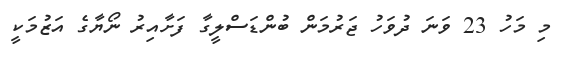
މި މަހު 23 ވަނަ ދުވަހު ޖަރުމަން ބުންޑަސްލީގާ ފަށާއިރު ނޯޔާގެ އަޒުމަކީ